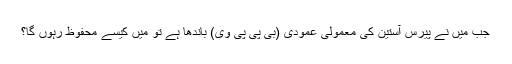
جب میں نے پیرس آستین کی معمولی عمودی (بی پی پی وی) باندھا ہے تو میں کیسے محفوظ رہوں گا؟